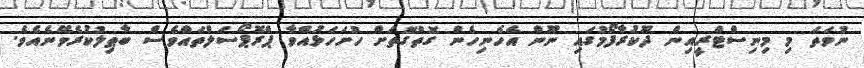
ނުވަތަ މި މިނިސްޓްރީއިން ދޫކުރާފޯމުގައި ނޫން އެހެނިހެން ގޮތްގޮތަށް ހުށަހަޅުއްވާ ޕްރޮޕޯސަލްތައްވެސް ބާޠިލުކުރެވޭނެއެވެ.